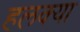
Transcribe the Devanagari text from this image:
हलक्‍या